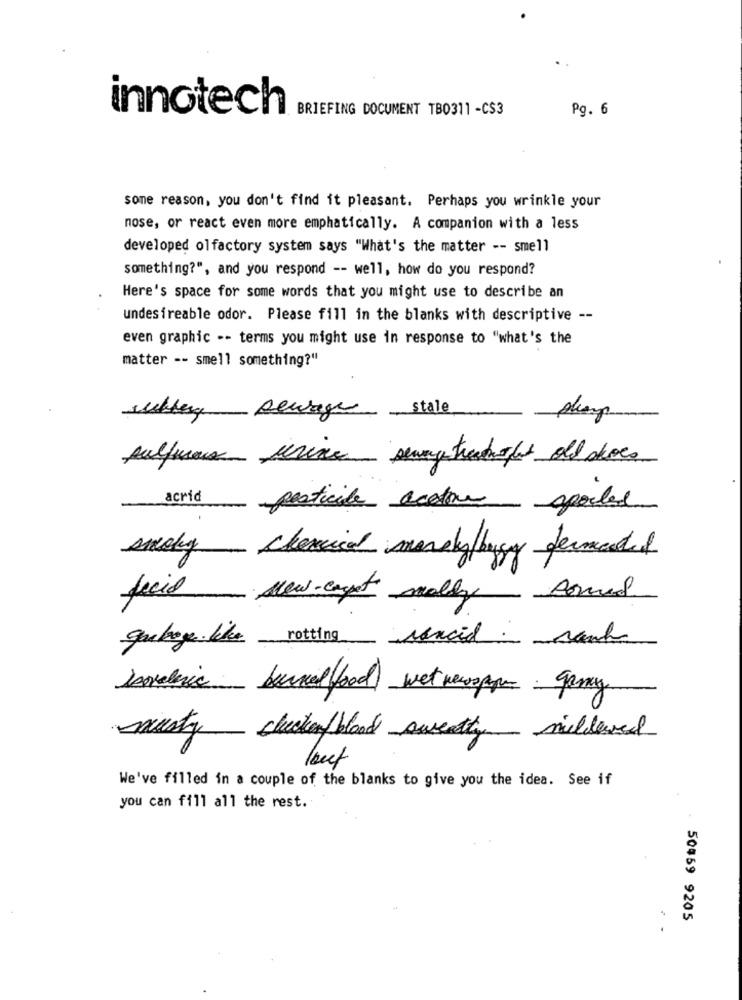
innotech
BRIEFING DOCUMENT TB0311 -CS3
Pg. 6
some reason, you don't find it pleasant. Perhaps you wrinkle your
nose, or react even more emphatically. A companion with a less
developed olfactory system says "What's the matter -- smell
something?", and you respond -- well, how do you respond?
Here's space for some words that you might use to describe an
undesireable odor. Please fill in the blanks with descriptive --
even graphic -- terms you might use in response to "what's the
matter -- smell something?"
stale
mulbery sewage
sulfureux urine sewegtransfer old does
acrid
-
pesticide action spoiled
smoky chemical money bury fermedad
facil
New-expt molly somed
garbage like rotting rancid ranch
lovelavic berned food) wet newspor gamy
musty chucken/blood sweatty mildewed
lout
We've filled in a couple of the blanks to give you the idea. See if
you can fill all the rest.
50459 9205